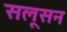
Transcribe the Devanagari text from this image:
सलूसन